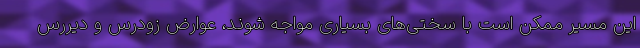
این مسیر ممکن است با سختی‌های بسیاری مواجه شوند، عوارض زودرس و دیررس